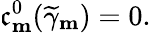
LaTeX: \mathfrak{c}_{\mathbf{{m}}}^{0}(\widetilde{{\gamma}}_{\mathbf{{m}}})=0.